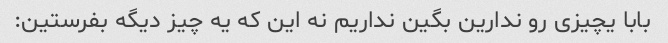
بابا یچیزی رو ندارین بگین نداریم نه این که یه چیز دیگه بفرستین: